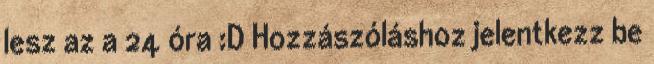
lesz az a 24 óra :D Hozzászóláshoz jelentkezz be